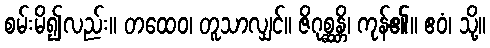
စမ်းမိ၍လည်း။ တထေဝ၊ တူသာလျှင်။ ဇိဂုစ္ဆန္တိ၊ ကုန်၏။ ဧဝံ၊ သို့။